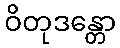
ဝိတုဒန္တော